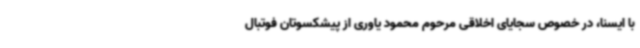
با ایسنا، در خصوص سجایای اخلاقی مرحوم محمود یاوری از پیشکسوتان فوتبال